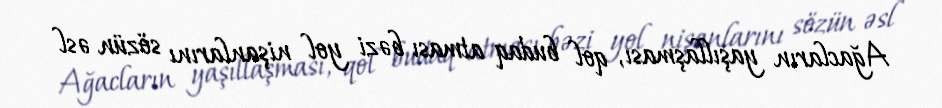
Ağacların yaşıllaşması, qol budaq atması bəzi yol nişanlarını sözün əsl